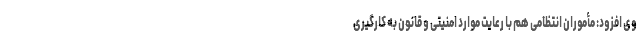
وی افزود: مأموران انتظامی هم با رعایت موارد امنیتی و قانون به کارگیری